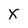
Character: X